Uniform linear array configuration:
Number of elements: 32
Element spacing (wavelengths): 0.25
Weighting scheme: blackman
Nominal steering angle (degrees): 15
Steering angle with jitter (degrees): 15.313
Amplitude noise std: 0.05
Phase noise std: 0.05

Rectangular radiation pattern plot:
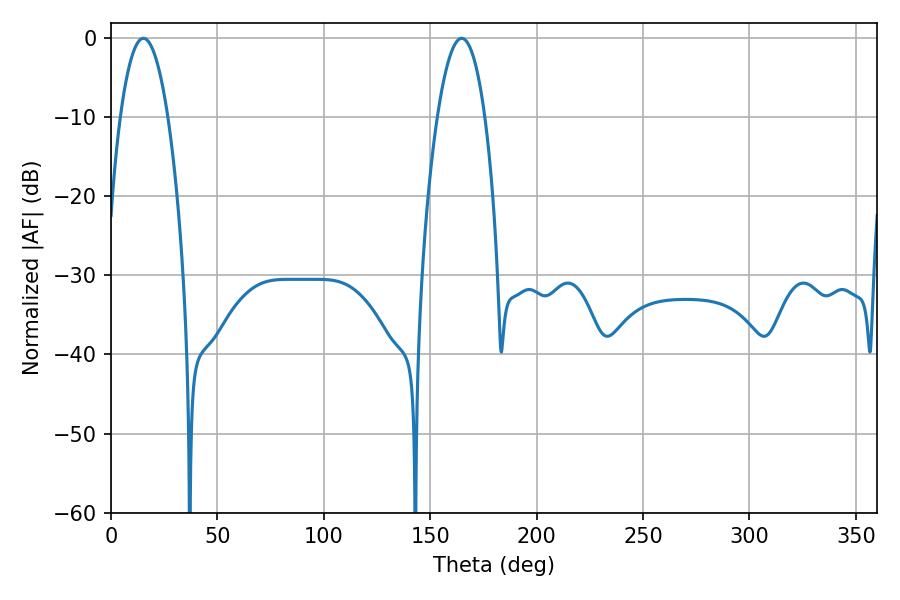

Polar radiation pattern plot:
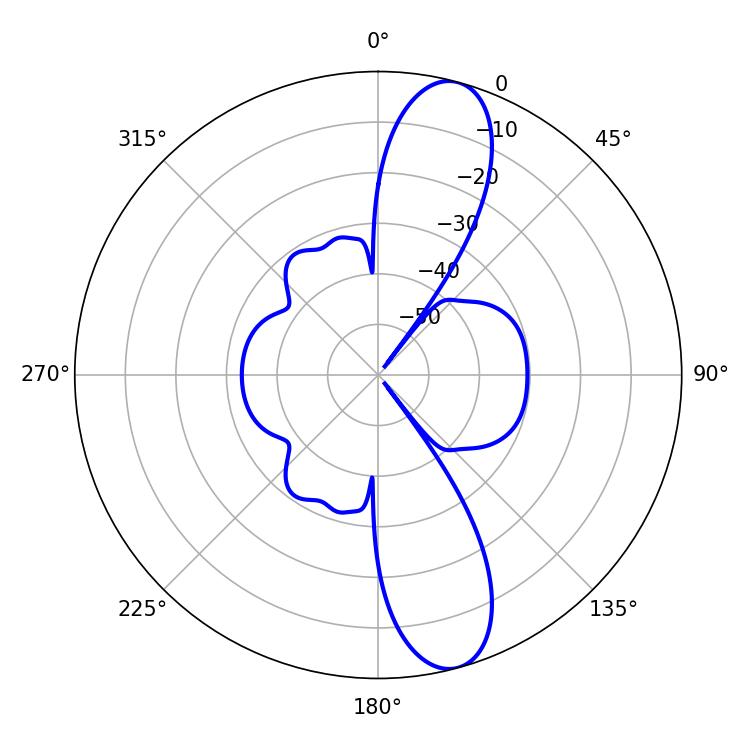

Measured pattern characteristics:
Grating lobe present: FALSE
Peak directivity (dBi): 12.143
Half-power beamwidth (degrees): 12.24
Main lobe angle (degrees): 15.3